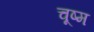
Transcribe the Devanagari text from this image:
चूष्म